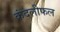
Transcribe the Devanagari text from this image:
कंदलीफल